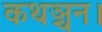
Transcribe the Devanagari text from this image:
कथञ्चन।